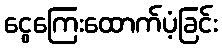
ငွေကြေးထောက်ပံ့ခြင်း